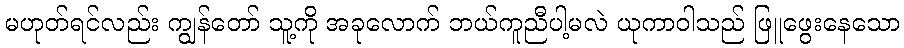
မဟုတ်ရင်လည်း ကျွန်တော် သူ့ကို အခုလောက် ဘယ်ကူညီပါ့မလဲ ယုကာဝါသည် ဖြူဖွေးနေသော